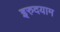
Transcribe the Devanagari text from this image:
इरुदयाम